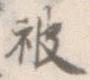
被